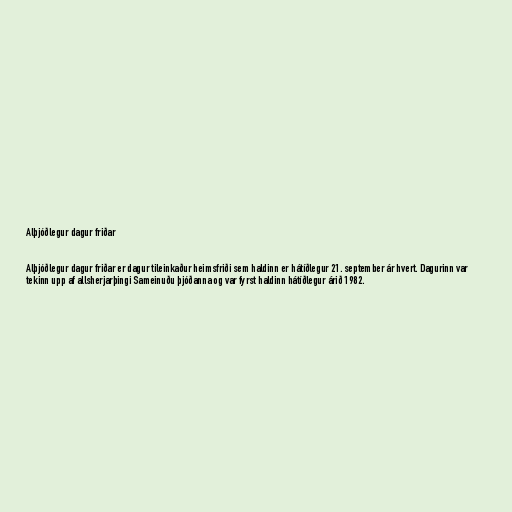
Alþjóðlegur dagur friðar

Alþjóðlegur dagur friðar er dagur tileinkaður heimsfriði sem haldinn er hátíðlegur 21. september ár hvert. Dagurinn var
tekinn upp af allsherjarþingi Sameinuðu þjóðanna og var fyrst haldinn hátíðlegur árið 1982.